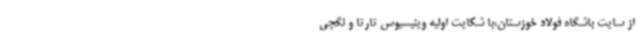
از سایت باشگاه فولاد خوزستان،با شکایت اولیه وینیسیوس تارتا و نگچی